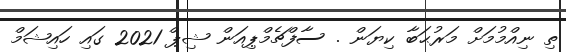
ތި ނިއްމުމަށް މަރުޙަބާ ކިޔަން . ސާފްޗެމްޕިއަން ޝިޕް 2021 ގައި ހައިޝަމް